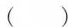
( )